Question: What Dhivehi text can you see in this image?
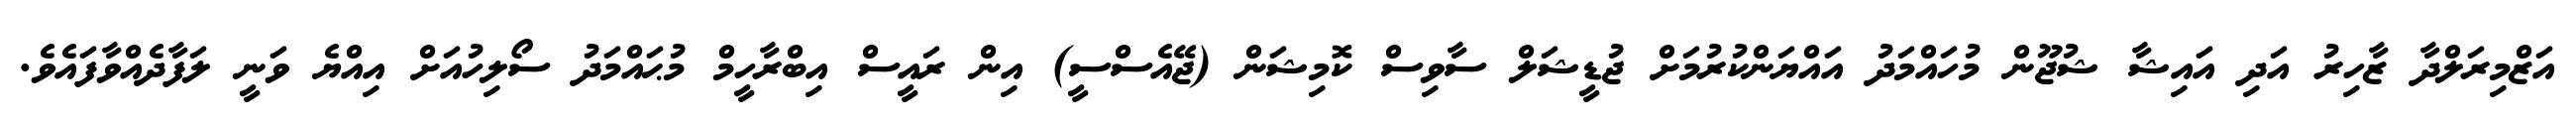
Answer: އަޒްމިރަލްދާ ޒާހިރު އަދި އައިޝާ ޝުޖޫން މުހައްމަދު އައްޔަންކުރުމަށް ޖުޑީޝަލް ސާވިސް ކޮމިޝަން (ޖޭއެސްސީ) އިން ރައީސް އިބްރާހީމް މުޙައްމަދު ސޯލިހުއަށް އިއްޔެ ވަނީ ލަފާދެއްވާފައެވެ.